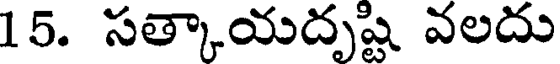
15. సత్కాయదృష్టి వలదు